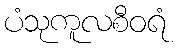
ပံသုကူလစီဝရံ